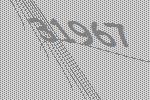
31967